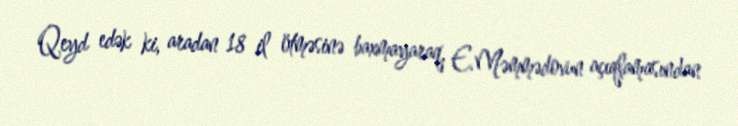
Qeyd edək ki, aradan 18 il ötməsinə baxmayaraq, E.Məmmədovun açıqlamasından